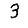
Digit: 3